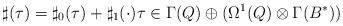
LaTeX: \begin{align*} \sharp(\tau) = \sharp_0(\tau) + \sharp_1(\cdot)\tau\in\Gamma(Q)\oplus(\Omega^1(Q)\otimes\Gamma(B^*))\end{align*}